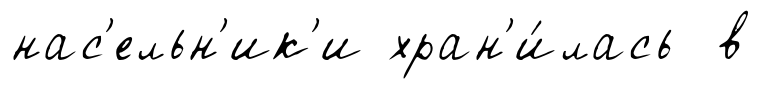
нас'ельн'ик'и хран'и́лась в